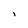
Character: i